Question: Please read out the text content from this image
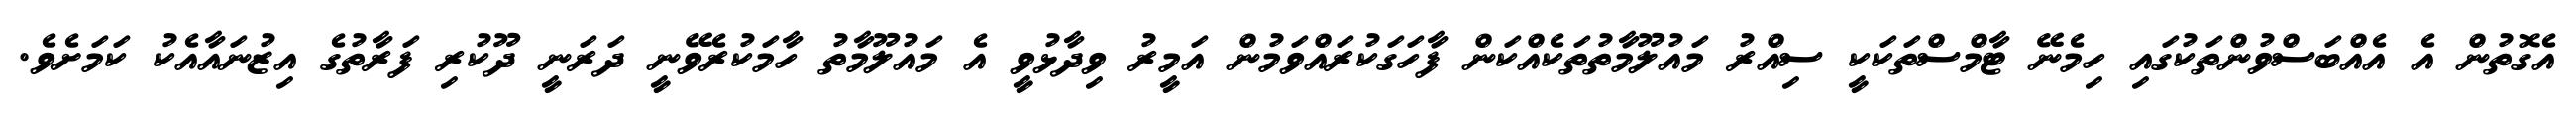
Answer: އެގޮތުން އެ އެއްބަސްވުންތަކުގައި ހިމެނޭ ޓާމްސްތަކަކީ ސިއްރު މައުލޫމާތުތަކެއްކަން ފާހަގަކުރައްވަމުން އަމީރު ވިދާޅުވީ އެ މައުލޫމާތު ހާމަކުރެވޭނީ ދަރަނީ ދޫކުރި ފަރާތުގެ އިޒުނައާއެކު ކަމަށެވެ.